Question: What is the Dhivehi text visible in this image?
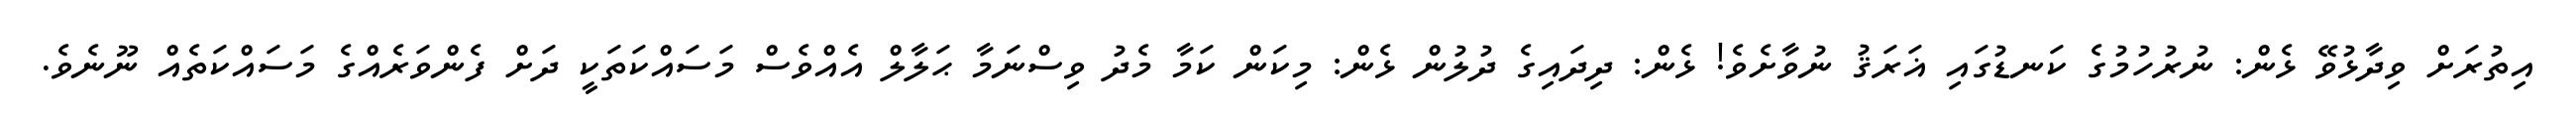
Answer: އިތުރަށް ވިދާޅުވޭ ޅެން: ނުރުހުމުގެ ކަނޑުގައި ޣަރަޤު ނުވާށެވެ! ޅެން: ދިދައިގެ ދުލުން ޅެން: މިކަން ކަމާ މެދު ވިސްނަމާ ޙަލާލް އެއްވެސް މަސައްކަތަކީ ދަށް ފެންވަރެއްގެ މަސައްކަތެއް ނޫނެވެ.